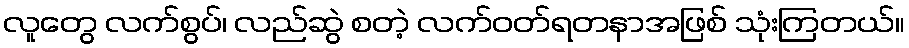
လူတွေ လက်စွပ်၊ လည်ဆွဲ စတဲ့ လက်ဝတ်ရတနာအဖြစ် သုံးကြတယ်။